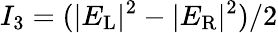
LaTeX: I_{3}=(|E_{\mathrm{L}}|^{2}-|E_{\mathrm{R}}|^{2})/2